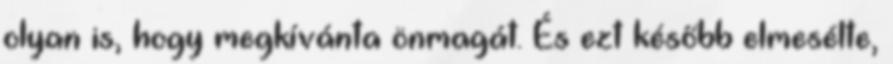
olyan is, hogy megkívánta önmagát. És ezt később elmesélte,